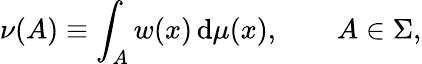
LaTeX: \nu(A)\equiv\int_{A}w(x)\, \mathrm{d}\mu(x),\qquad A\in\Sigma,